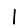
Digit: 1